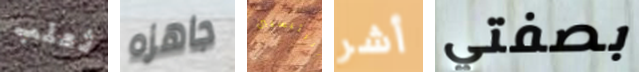
ثعلب جاهزه الرئيسيين أشر بصفتي